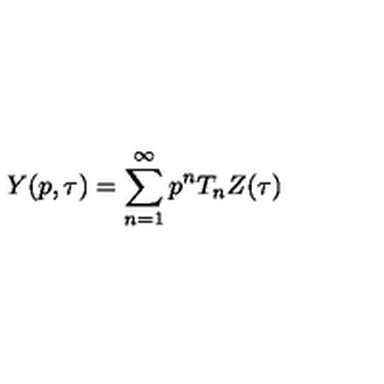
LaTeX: Y ( p , \tau ) = \sum _ { n = 1 } ^ { \infty } p ^ { n } T _ { n } Z ( \tau )